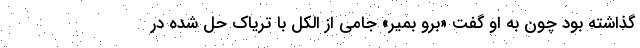
گذاشته بود چون به او گفت «برو بمیر» جامی از الکل با تریاک حل شده در